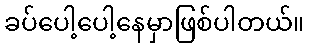
ခပ်ပေါ့ပေါ့နေမှာဖြစ်ပါတယ်။